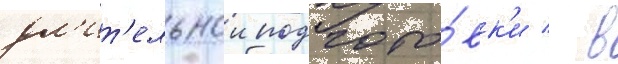
дл'ит'ельнои подгото́вк'и / в